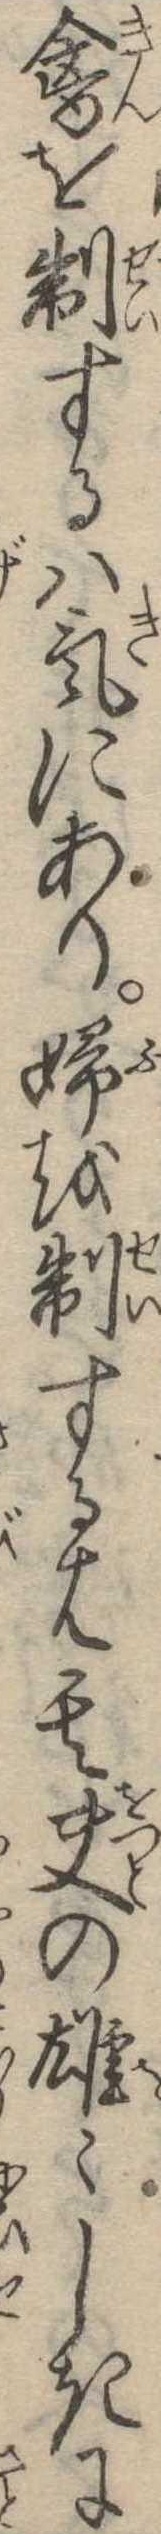
禽を制するは気にあり婦を制するは其夫の雄しきに